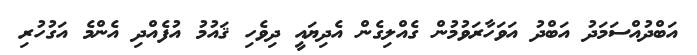
އަބްދުއްސަމަދު އަބްދު އަވަހާރަވުމުން ގެއްލިގެން އެދިޔައީ ދިވެހި ޤައުމު އުފެއްދި އެންމެ އަގުހުރި